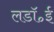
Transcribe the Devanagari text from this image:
लडॉ॰ई